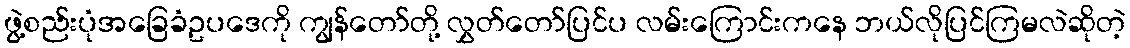
ဖွဲ့စည်းပုံအခြေခံဥပဒေကို ကျွန်တော်တို့ လွှတ်တော်ပြင်ပ လမ်းကြောင်းကနေ ဘယ်လိုပြင်ကြမလဲဆိုတဲ့